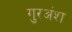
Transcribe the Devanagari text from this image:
गुरअंश